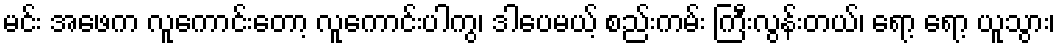
မင်း အဖေက လူကောင်းတော့ လူကောင်းပါကွ၊ ဒါပေမယ့် စည်းကမ်း ကြီးလွန်းတယ်၊ ရော့ ရော့ ယူသွား၊